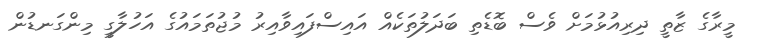
މީރާގެ ޒާތީ ދިރިއުޅުމަށް ވެސް ބޮޑެތި ބަދަލުތަކެއް އައިސްފައިވާއިރު މުޖުތަމައުގެ އަހުލާގީ މިންގަނޑުން